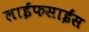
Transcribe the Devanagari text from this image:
लाईफसाईंस